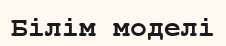
Білім моделі